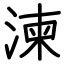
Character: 湅